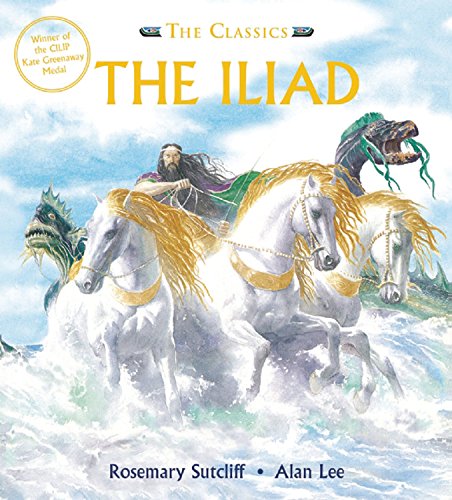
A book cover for Iliad (The Classics); Rosemary Sutcliff; Children's Books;